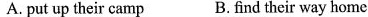
A.put up their camp B.find their way home